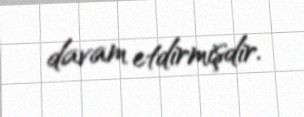
davam etdirmişdir.